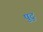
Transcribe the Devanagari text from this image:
पुटु